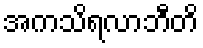
အကသိရလာဘီတိ